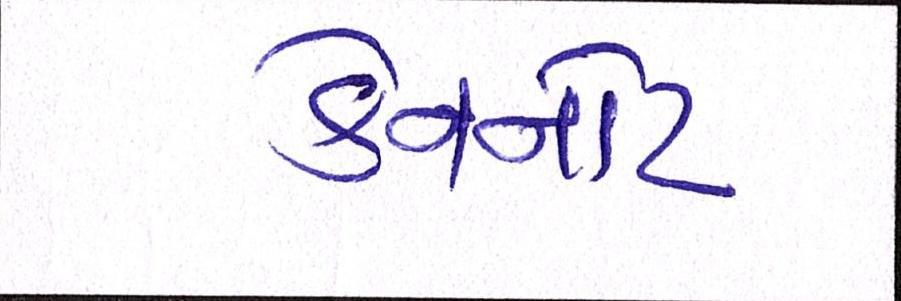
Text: કેનનોટ